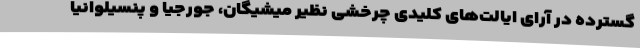
گسترده در آرای ایالت‌های کلیدی چرخشی نظیر میشیگان، جورجیا و پنسیلوانیا